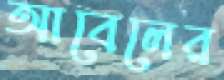
আবেলের